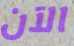
الآن